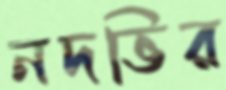
নদভির